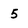
Character: 5